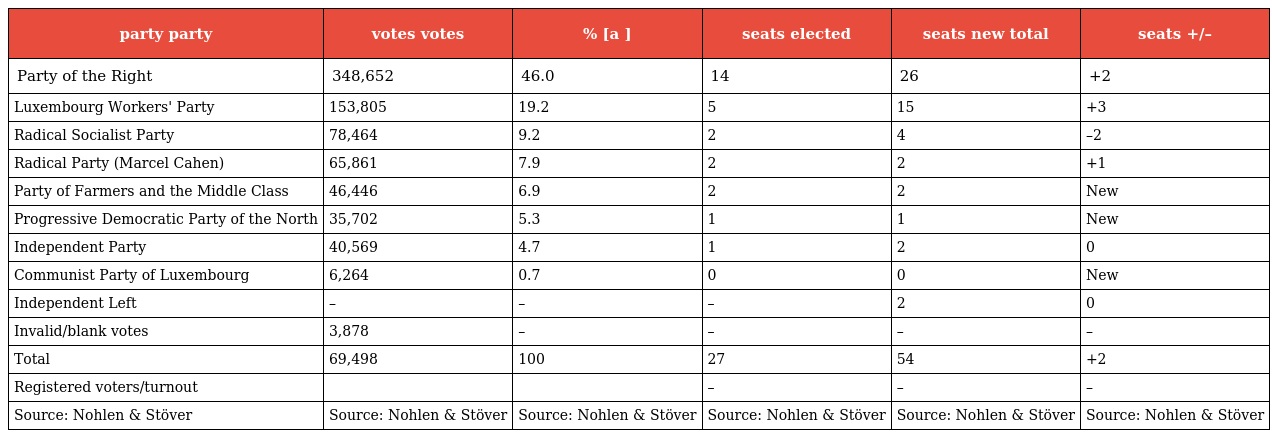
| party party | votes votes | % [a ] | seats elected | seats new total | seats +/– |
 | --- | --- | --- | --- | --- | --- |
 | Party of the Right | 348,652 | 46.0 | 14 | 26 | +2 |
 | Luxembourg Workers' Party | 153,805 | 19.2 | 5 | 15 | +3 |
 | Radical Socialist Party | 78,464 | 9.2 | 2 | 4 | –2 |
 | Radical Party (Marcel Cahen) | 65,861 | 7.9 | 2 | 2 | +1 |
 | Party of Farmers and the Middle Class | 46,446 | 6.9 | 2 | 2 | New |
 | Progressive Democratic Party of the North | 35,702 | 5.3 | 1 | 1 | New |
 | Independent Party | 40,569 | 4.7 | 1 | 2 | 0 |
 | Communist Party of Luxembourg | 6,264 | 0.7 | 0 | 0 | New |
 | Independent Left | – | – | – | 2 | 0 |
 | Invalid/blank votes | 3,878 | – | – | – | – |
 | Total | 69,498 | 100 | 27 | 54 | +2 |
 | Registered voters/turnout |  |  | – | – | – |
 | Source: Nohlen & Stöver | Source: Nohlen & Stöver | Source: Nohlen & Stöver | Source: Nohlen & Stöver | Source: Nohlen & Stöver | Source: Nohlen & Stöver |